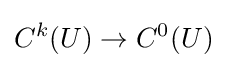
C^{k}(U)\to C^{0}(U)